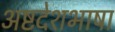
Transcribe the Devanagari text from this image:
अष्टदेशभाषा